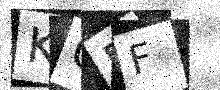
Text: KGBF